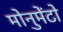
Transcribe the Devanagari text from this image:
मोनुमेंटो